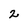
Character: 2